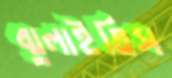
ঝুলাইতিস